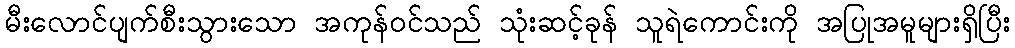
မီးလောင်ပျက်စီးသွားသော အကုန်ဝင်သည် သုံးဆင့်ခုန် သူရဲကောင်းကို အပြုအမူများရှိပြီး